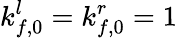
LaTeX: k_{f,0}^{l}=k_{f,0}^{r}=1